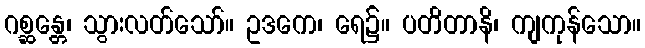
ဂစ္ဆန္တေ၊ သွားလတ်သော်။ ဥဒကေ၊ ရေ၌။ ပတိတာနိ၊ ကျကုန်သော။